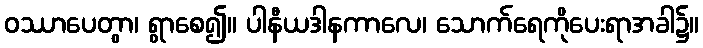
ဝဿာပေတွာ၊ ရွာစေ၍။ ပါနီယဒါနကာလေ၊ သောက်ရေကိုပေးရာအခါ၌။